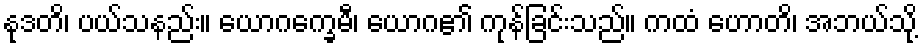
နုဒတိ၊ ပယ်သနည်း။ ယောဂက္ခေမီ၊ ယောဂ၏ ကုန်ခြင်းသည်။ ကထံ ဟောတိ၊ အဘယ်သို့